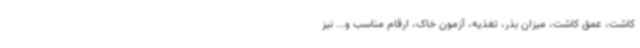
کاشت، عمق کاشت، میزان بذر، تغذیه، آزمون خاک، ارقام مناسب و... نیز